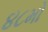
૪૮મો